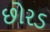
છોરડ